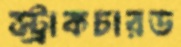
স্ট্রাকচারড